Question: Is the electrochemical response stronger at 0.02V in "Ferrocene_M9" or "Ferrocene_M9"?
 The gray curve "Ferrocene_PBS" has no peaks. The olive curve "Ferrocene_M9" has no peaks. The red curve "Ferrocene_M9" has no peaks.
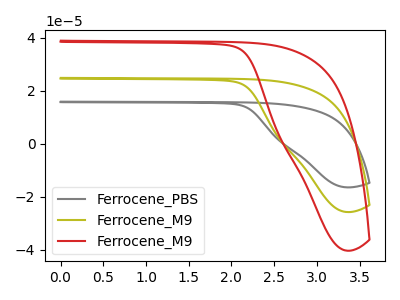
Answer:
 <answer>"Ferrocene_M9" and "Ferrocene_M9" dont share a peak at 0.02V.</answer>
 <eval>mismatch</eval>